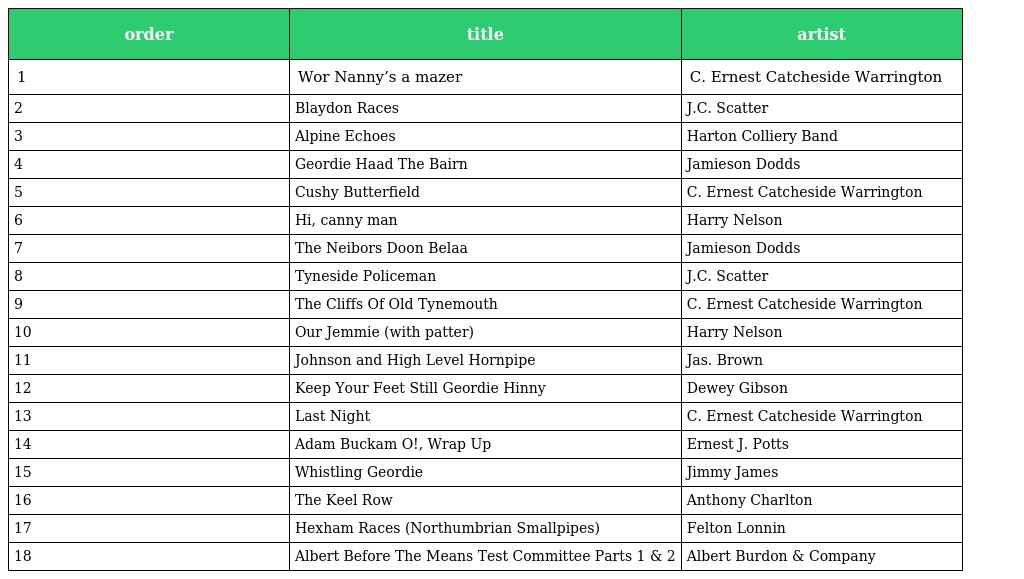
| order | title | artist |
 | --- | --- | --- |
 | 1 | Wor Nanny’s a mazer | C. Ernest Catcheside Warrington |
 | 2 | Blaydon Races | J.C. Scatter |
 | 3 | Alpine Echoes | Harton Colliery Band |
 | 4 | Geordie Haad The Bairn | Jamieson Dodds |
 | 5 | Cushy Butterfield | C. Ernest Catcheside Warrington |
 | 6 | Hi, canny man | Harry Nelson |
 | 7 | The Neibors Doon Belaa | Jamieson Dodds |
 | 8 | Tyneside Policeman | J.C. Scatter |
 | 9 | The Cliffs Of Old Tynemouth | C. Ernest Catcheside Warrington |
 | 10 | Our Jemmie (with patter) | Harry Nelson |
 | 11 | Johnson and High Level Hornpipe | Jas. Brown |
 | 12 | Keep Your Feet Still Geordie Hinny | Dewey Gibson |
 | 13 | Last Night | C. Ernest Catcheside Warrington |
 | 14 | Adam Buckam O!, Wrap Up | Ernest J. Potts |
 | 15 | Whistling Geordie | Jimmy James |
 | 16 | The Keel Row | Anthony Charlton |
 | 17 | Hexham Races (Northumbrian Smallpipes) | Felton Lonnin |
 | 18 | Albert Before The Means Test Committee Parts 1 & 2 | Albert Burdon & Company |